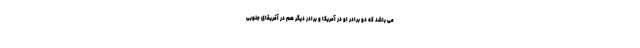
می باشد که دو برادر او در آمریکا و برادر دیگر هم در آفریقای جنوبی